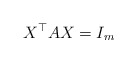
\begin{align*}X^\top AX=I_m\end{align*}